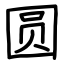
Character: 圆